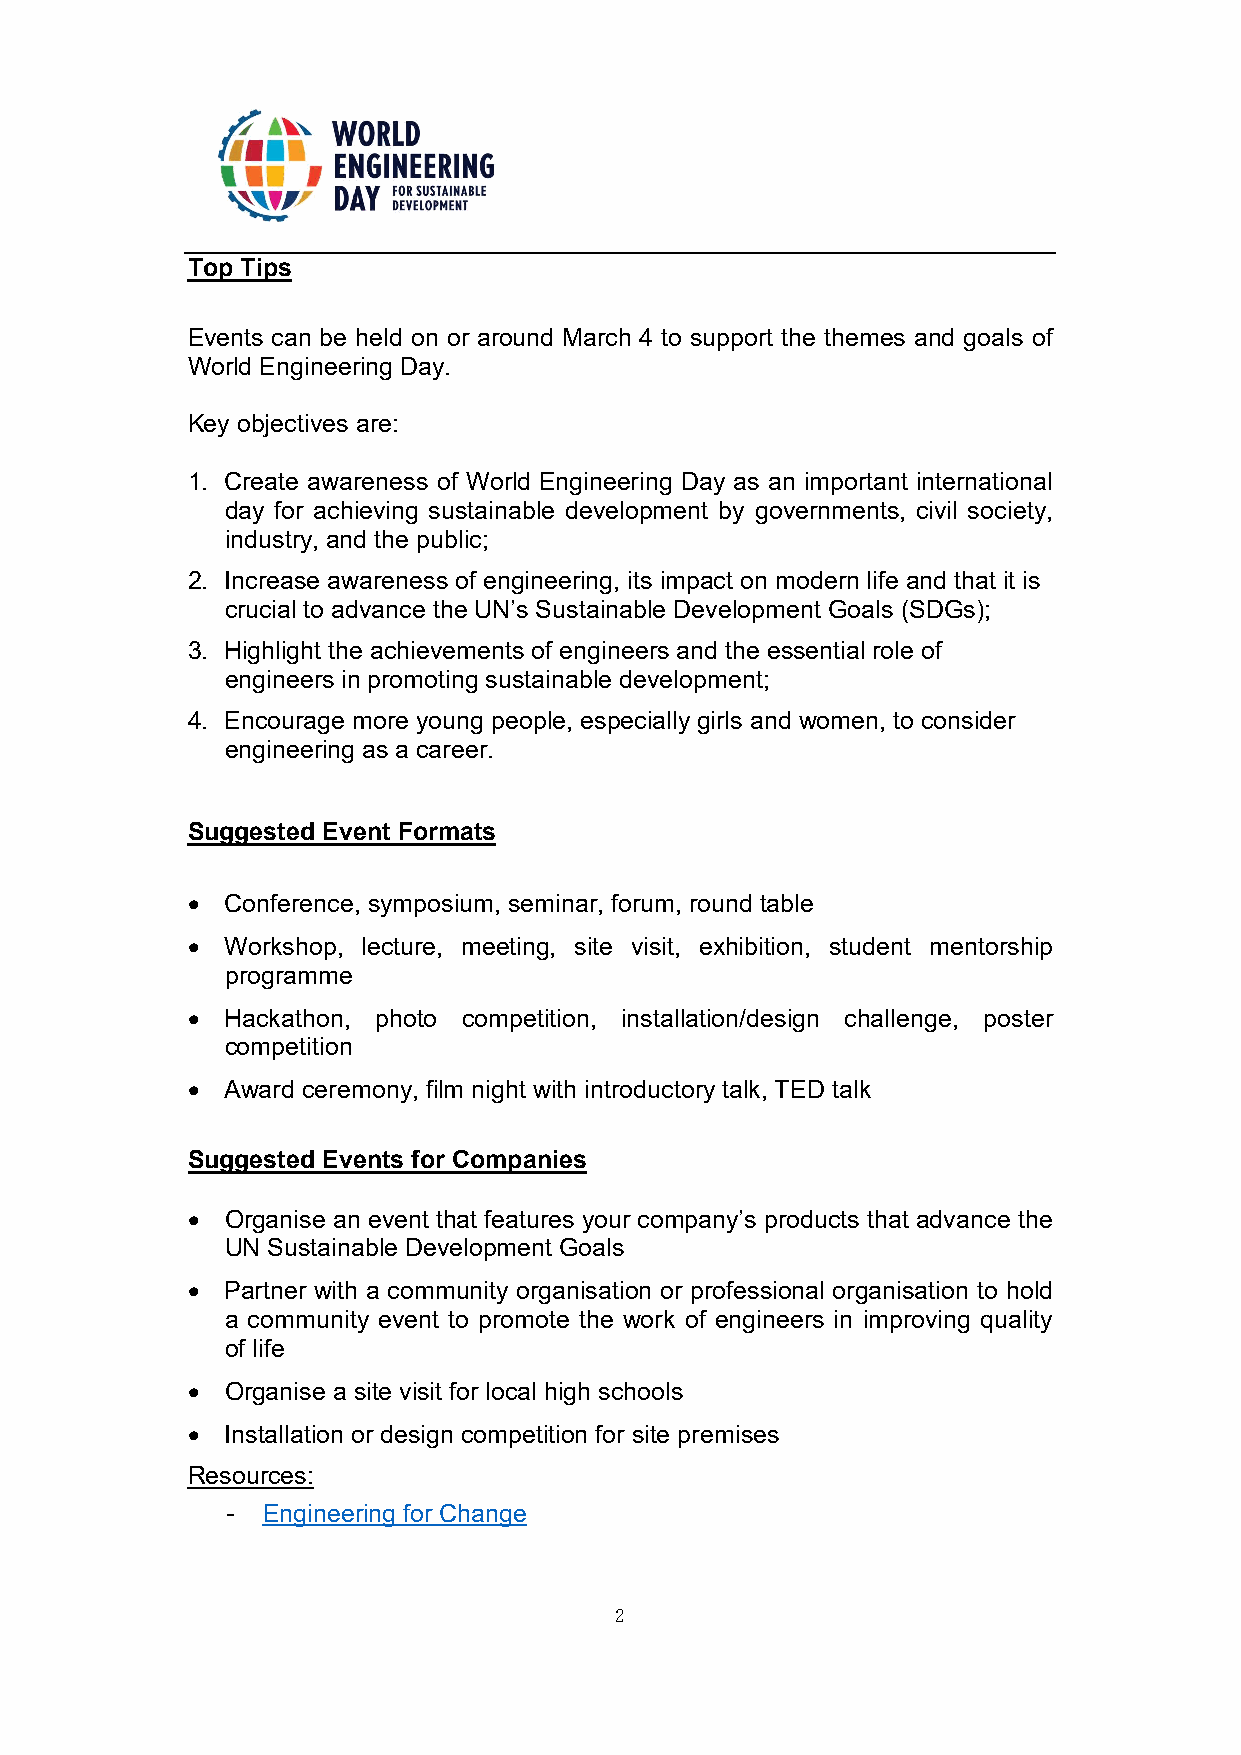
Top Tips
 Events can be held on or around March 4 to support the themes and goals of
 World Engineering Day.
 Key objectives are:
 1. Create awareness of World Engineering Day as an important international
 day for achieving sustainable development by governments, civil society,
 industry, and the public;
 2. Increase awareness of engineering, its impact on modern life and that it is
 crucial to advance the UN’s Sustainable Development Goals (SDGs);
 3. Highlight the achievements of engineers and the essential role of
 engineers in promoting sustainable development;
 4. Encourage more young people, especially girls and women, to consider
 engineering as a career.
 Suggested Event Formats
   Conference, symposium, seminar, forum, round table
   Workshop, lecture, meeting, site visit, exhibition, student mentorship
 programme
   Hackathon, photo competition, installation/design challenge, poster
 competition
   Award ceremony, film night with introductory talk, TED talk
 Suggested Events for Companies
   Organise an event that features your company’s products that advance the
 UN Sustainable Development Goals
   Partner with a community organisation or professional organisation to hold
 a community event to promote the work of engineers in improving quality
 of life
   Organise a site visit for local high schools
   Installation or design competition for site premises
 Resources:
 - Engineering for Change
 2